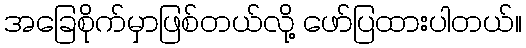
အခြေစိုက်မှာဖြစ်တယ်လို့ ဖော်ပြထားပါတယ်။